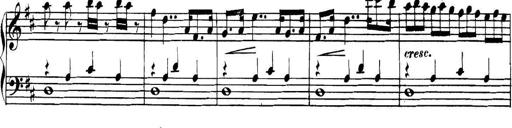
Title: Collected Piano Sonatas
Composer: Muzio Clementi